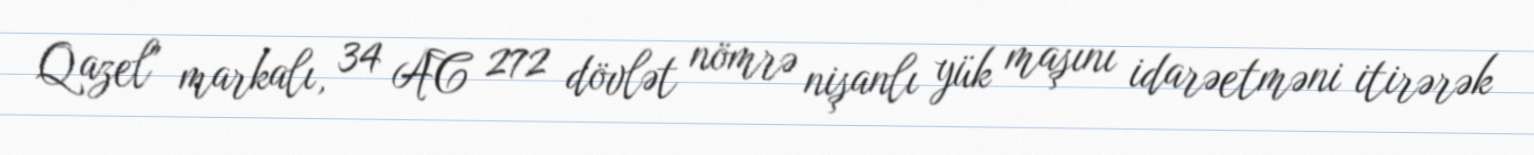
Qazel" markalı, 34 AC 272 dövlət nömrə nişanlı yük maşını idarəetməni itirərək